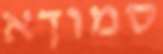
סמוךא